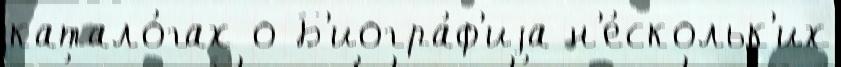
катало́гах о Б'иогра́ф'иjа н'е́скольк'их